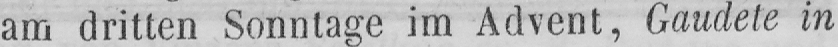
am dritten Sonntage im Advent, Gaudete in